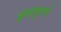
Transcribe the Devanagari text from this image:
इंदापूरचे